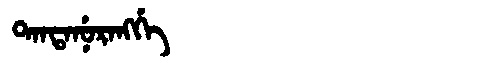
Manchu: ᡨᠠᠨᡨᠠᠨᡠᡵᠠᠩᡤᡝ
Romanization: TANTANURANGGE